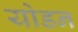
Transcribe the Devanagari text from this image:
योडन